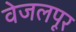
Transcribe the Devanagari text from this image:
वेजलपूर